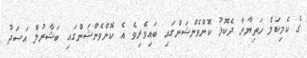
ގެ ކެމިކަލް ހަތިޔާރާ ދެކޮޅު ކޮންވެންޝަންގައި ބައިވެރިވެ އެ ކޮންވެންޝަންގައި ބަޝާރުލް އަސަދު